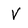
Character: V